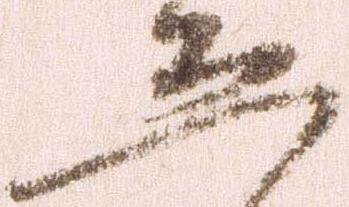
恐